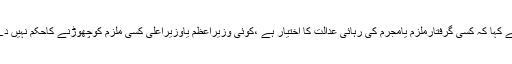
انہوں نے کہا کہ کسی گرفتارملزم یامجرم کی رہائی عدالت کا اختیار ہے ،کوئی وزیراعظم یاوزیراعلیٰ کسی ملزم کوچھوڑنے کاحکم نہیں دے سکتا۔